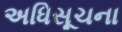
અધિસૂચના